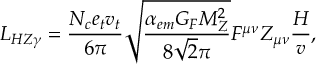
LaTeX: { \cal L } _ { H Z \gamma } = \frac { N _ { c } e _ { t } v _ { t } } { 6 \pi } \sqrt { \frac { \alpha _ { e m } G _ { F } M _ { Z } ^ { 2 } } { 8 \sqrt 2 \pi } } F ^ { \mu \nu } Z _ { \mu \nu } \frac { H } { v } ,